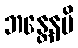
ဘန္တေနပိ